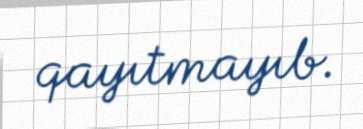
qayıtmayıb.